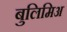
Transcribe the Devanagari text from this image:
बुलिमिअ